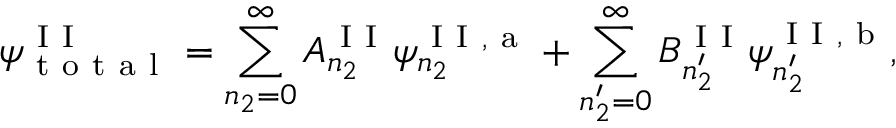
\psi _ { \mathrm { ~ t ~ o ~ t ~ a ~ l ~ } } ^ { \mathrm { ~ I ~ I ~ } } = \sum _ { n _ { 2 } = 0 } ^ { \infty } A _ { n _ { 2 } } ^ { \mathrm { ~ I ~ I ~ } } \psi _ { n _ { 2 } } ^ { \mathrm { ~ I ~ I ~ , ~ a ~ } } + \sum _ { n _ { 2 } ^ { \prime } = 0 } ^ { \infty } B _ { n _ { 2 } ^ { \prime } } ^ { \mathrm { ~ I ~ I ~ } } \psi _ { n _ { 2 } ^ { \prime } } ^ { \mathrm { ~ I ~ I ~ , ~ b ~ } } ,